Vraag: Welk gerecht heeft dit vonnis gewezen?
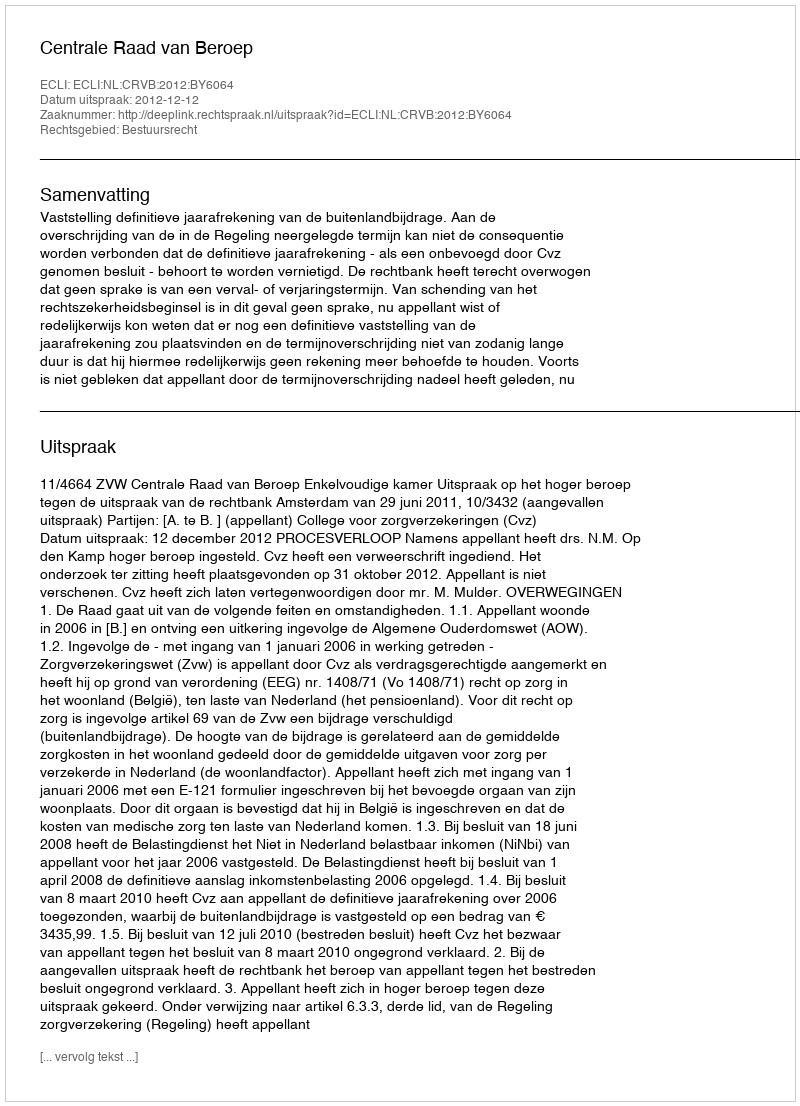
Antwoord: Centrale Raad van Beroep